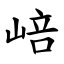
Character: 㟝